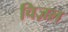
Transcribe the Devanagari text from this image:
चिज़ल